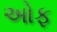
અોફ